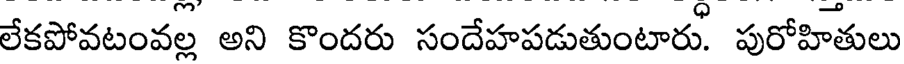
లేకపోవటంవల్ల అని కొందరు సందేహపడుతుంటారు. పురోహితులు